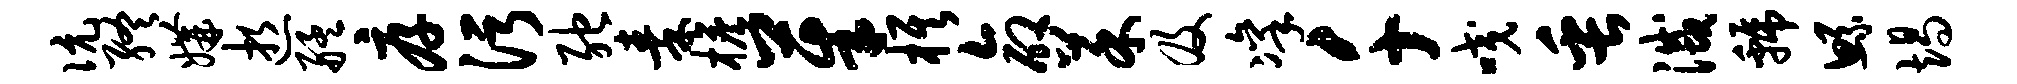
伉终媾逝艋厚污弛秦檐茱旗命菜及凛千咬缶灭虢鲧竭